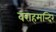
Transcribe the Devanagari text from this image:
वराहमन्दिर